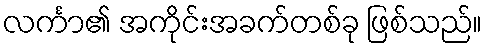
လင်္ကာ၏ အကိုင်းအခက်တစ်ခု ဖြစ်သည်။